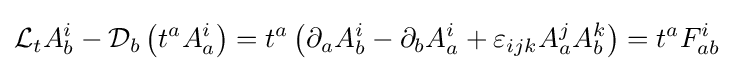
{\mathcal {L}}_{t}A_{b}^{i}-{\mathcal {D}}_{b}\left(t^{a}A_{a}^{i}\right)=t^{a}\left(\partial _{a}A_{b}^{i}-\partial _{b}A_{a}^{i}+\varepsilon _{ijk}A_{a}^{j}A_{b}^{k}\right)=t^{a}F_{ab}^{i}